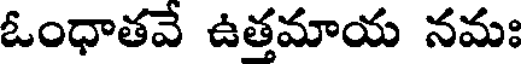
ఓంధాతవే ఉత్తమాయ నమః